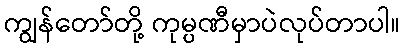
ကျွန်တော်တို့ ကုမ္ပဏီမှာပဲလုပ်တာပါ။